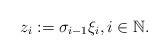
LaTeX: \begin{align*}z_i:=\sigma_{i-1}\xi_i, i\in \mathbb N.\end{align*}